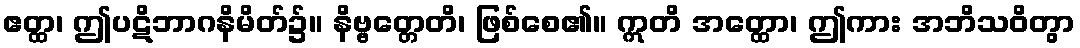
ဧတ္ထ၊ ဤပဋိဘာဂနိမိတ်၌။ နိဗ္ဗတ္တေတိ၊ ဖြစ်စေ၏။ ဣတိ အတ္ထော၊ ဤကား အဘိသဝိတွာ